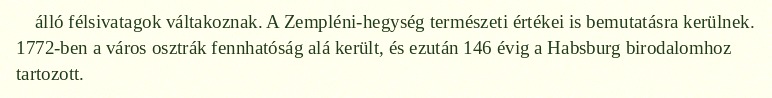
álló félsivatagok váltakoznak. A Zempléni-hegység természeti értékei is bemutatásra kerülnek. 1772-ben a város osztrák fennhatóság alá került, és ezután 146 évig a Habsburg birodalomhoz tartozott.